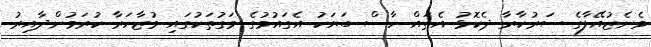
ވެނެޒުއޭލާގެ ސަރުކާރާ ދެކޮޅު އެތައް ހާސް ބަޔަކު އެގައުމުގެ މަގުތަކުގައި މުޒާހަރާ ކުރަމުންދާއިރު